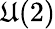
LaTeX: \mathfrak{U}(2)